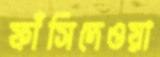
ফাঁসিদেওয়া